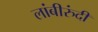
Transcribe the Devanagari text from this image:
लांबीरुंदी